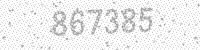
Solution: 867385